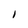
Character: I